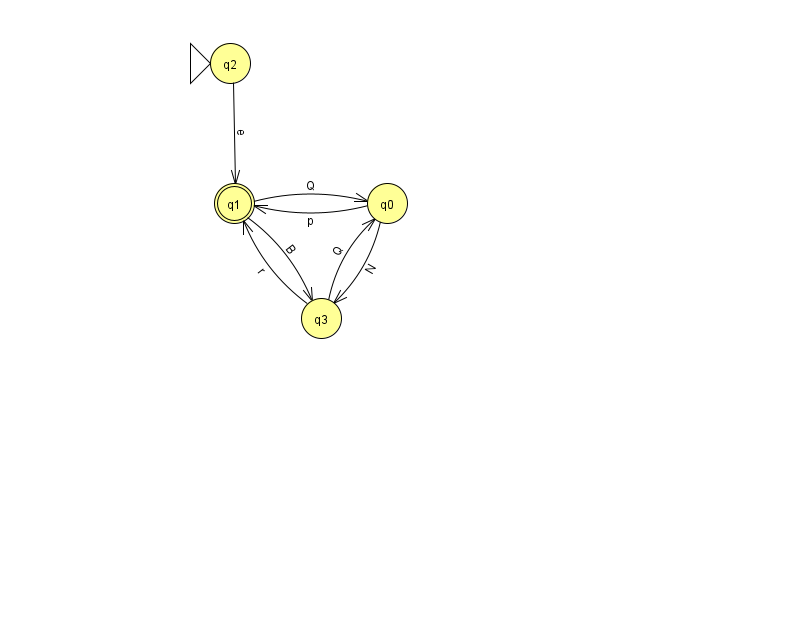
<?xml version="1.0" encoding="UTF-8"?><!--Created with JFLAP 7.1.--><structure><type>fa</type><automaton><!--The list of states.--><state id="0" name="q0"><x>387.0</x><y>190.0</y></state><state id="1" name="q1"><x>234.0</x><y>190.0</y><final/></state><state id="2" name="q2"><x>230.0</x><y>50.0</y><initial/></state><state id="3" name="q3"><x>321.0</x><y>305.0</y></state><!--The list of transitions.--><transition><from>1</from><to>0</to><read>Q</read></transition><transition><from>0</from><to>1</to><read>p</read></transition><transition><from>1</from><to>3</to><read>B</read></transition><transition><from>3</from><to>1</to><read>r</read></transition><transition><from>3</from><to>0</to><read>Q</read></transition><transition><from>0</from><to>3</to><read>N</read></transition><transition><from>2</from><to>1</to><read>e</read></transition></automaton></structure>